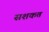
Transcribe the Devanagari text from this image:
सशकत